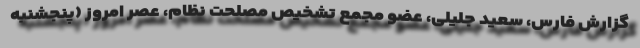
گزارش فارس، سعید جلیلی، عضو مجمع تشخیص مصلحت نظام، عصر امروز (پنجشنبه